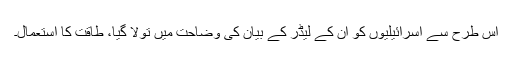
اس طرح سے اسرائیلیوں کو ان کے لیڈر کے بیان کی وضاحت میں تولا گیا، طاقت کا استعمال۔